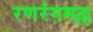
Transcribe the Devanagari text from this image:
रणरंगमल्ल